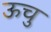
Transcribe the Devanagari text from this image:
ऊचु